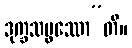
ဒုက္ခသမ္ဖဿော”တိ။